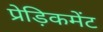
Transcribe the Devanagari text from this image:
प्रेड़िकमेंट